Source: Handwritten
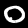
Digit: ၀ (0)